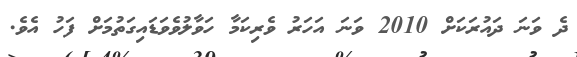
ދެ ވަނަ ދައުރަކަށް 2010 ވަނަ އަހަރު ވެރިކަމާ ހަވާލުވެވަޑައިގަތުމަށް ފަހު އެވެ.